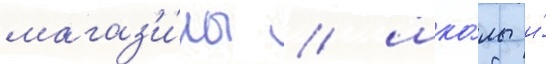
магаз'и́ны / шко́лы и́